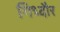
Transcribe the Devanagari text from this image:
गिध्दौर